Investigations on Bengal jail dietaries - Number 37
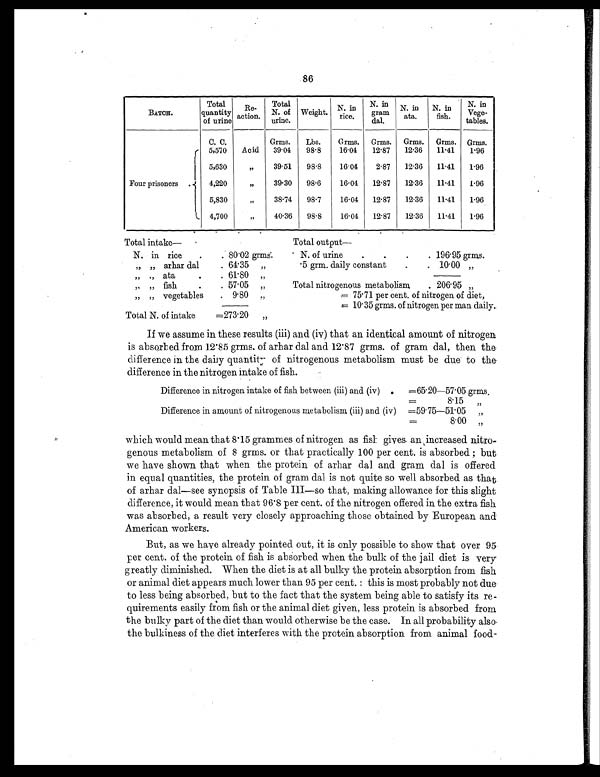
86
BATCH.
Total
quantity
o f u r i n e
Re-
action.
Total
N . o f
urine.
Weight.
N. in
rice.
N. in
gram
dal.
N. in
ata.
N. in
fish.
N. in
Vege-
tables.
C. C.
Grms.
Lbs.
Grms.
Grms.
Grms.
Grms.
Grms.
Four prisoners .
5,570
Acid
39 . 04
98 . 8
16.04
12. 87
12. 36
11 .41
1.96
5,630
„
39.51
98 . 8
16.04
2.87
12. 36
11 .41
1.96
4,220
„
39.30
98 . 6
16.04
12 . 87
12. 36
11.41
1.96
5,830
„
38.74
98 . 7
16.04
12 . 87
12. 36
11 .41
1.96
4,700
„
40.36
98 . 8
16.04
12. 87
12. 36
11 .41
1.96
Total intake—
Total output
—
N. in rice
.
. 80.02 grms.
N. of urine
.
.
.
. 196.95 grms.
„ „ arhar dal
. 64.35 „
.5 grm. daily constant
.
. 10.00 „
„ „ ata
.
. 61.80 „
„ „ fish
.
. 57.05 „
Total nitrogenous metabolism
. 206.95 „
„ „ vegetables
. 9.80 „
= 75.71 per cent, of nitrogen of diet,
= 10.35 grms. of nitrogen per man daily.
Total N. of intake
=273.20 „
If we assume in these results (iii) and (iv) that an identical amount of nitrogen
is absorbed from 12.85 grms. of arhar dal and 12.87 grms. of gram dal, then the
difference in the daily quantity of nitrogenous metabolism must be due to the
difference in the nitrogen intake of fish.
Difference in nitrogen intake of fish between (iii) and (iv)
=65.20—57.05 grms.
=
8.15 „
Difference in amount of nitrogenous metabolism (iii) and (iv)
=59.75—51.05 „
=
8.00 „
which would mean that 8.15 grammes of nitrogen as fish gives an increased nitro
- genous metabolism of 8 grins. or that practically 100 per cent. is absorbed ; but
we have shown that when the protein of arhar dal and gram dal is offered
in equal quantities, the protein of gram dal is not quite so well absorbed as that
of arhar dal—see synopsis of Table III—so that, making allowance for this slight
difference, it would mean that 96.8 per cent. of the nitrogen offered in the extra fish
was absorbed, a result very closely approaching those obtained by European and
American workers.
But, as we have already pointed out, it is only possible to show that over 95
per cent. of the protein of fish is absorbed when the bulk of the jail diet is very
greatly diminished. When the diet is at all bulky the protein absorption from fish
or animal diet appears much lower than 95 per cent. : this is most probably not due
to less being absorbed, but to the fact that the system being able to satisfy its re-
quirements easily from fish or the animal diet given, less protein is absorbed from
the bulky part of the diet than would otherwise be the case. In all probability also
the bulkiness of the diet interferes with the protein absorption from animal food-